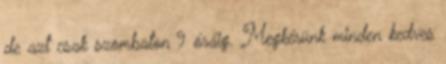
de azt csak szombaton 9 óráig. Megkérünk minden kedves